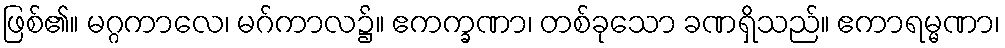
ဖြစ်၏။ မဂ္ဂကာလေ၊ မဂ်ကာလ၌။ ဧကက္ခဏာ၊ တစ်ခုသော ခဏရှိသည်။ ဧကာရမ္မဏာ၊